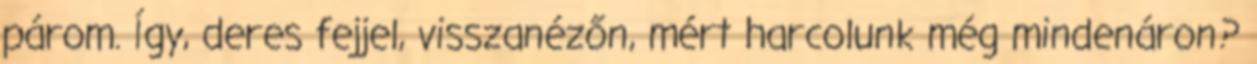
párom. Így, deres fejjel, visszanézőn, mért harcolunk még mindenáron?